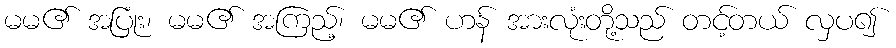
မမ၏ အပြုံး၊ မမ၏ အကြည့်၊ မမ၏ ဟန် အားလုံးတို့သည် တင့်တယ် လှပ၍